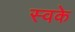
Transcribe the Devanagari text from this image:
स्वके